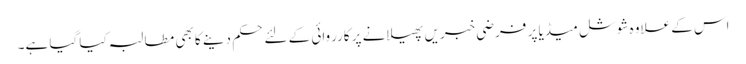
اس کے علاوہ شوشل میڈیا پر فرضی خبریں پھیلانے پر کارروائی کے لئے حکم دینے کا بھی مطالبہ کیا گیا ہے۔